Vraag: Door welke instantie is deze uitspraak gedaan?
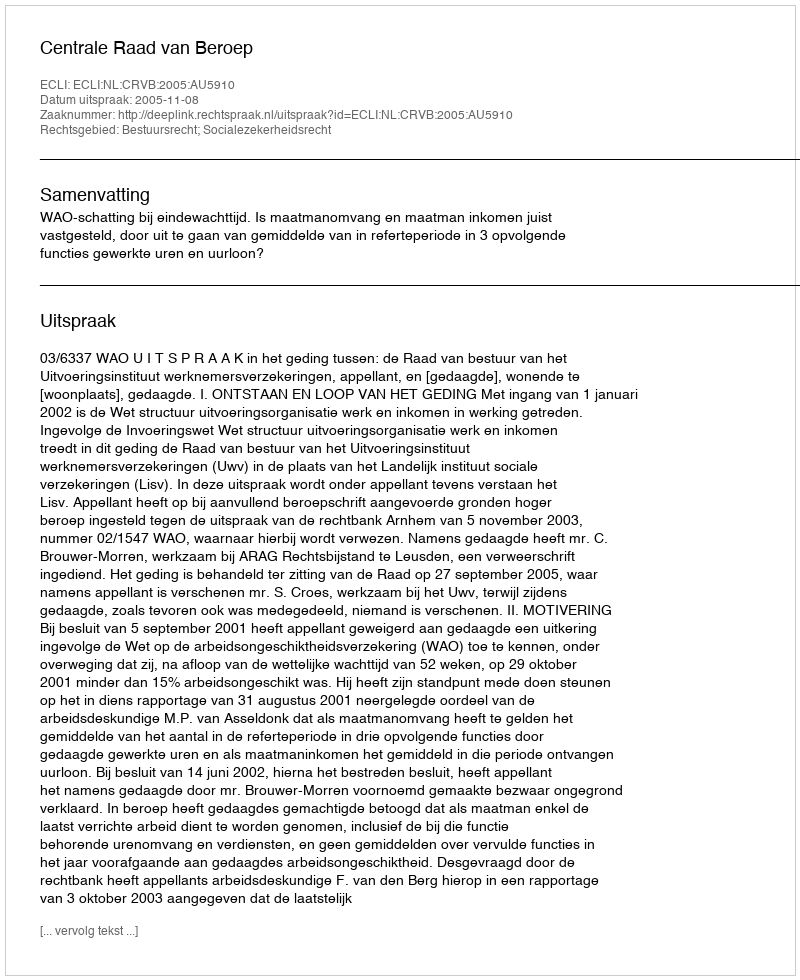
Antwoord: Centrale Raad van Beroep